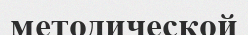
методической